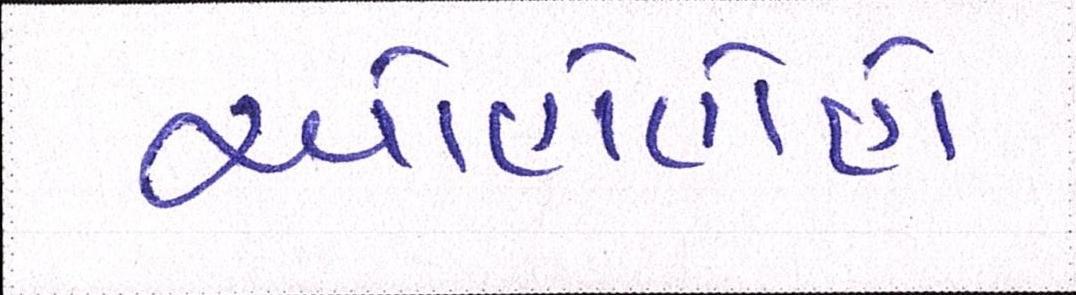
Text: ઓહોહોહો